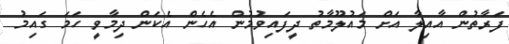
ފަރާތުން އާއިލާ އަށް މައުލޫމާތު ދީފައިވުމުން އެހެން އެކަން ދިމާވީ ހަމަ ގައިމު